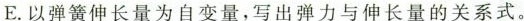
E.以弹簧伸长量为自变量，写出弹力与伸长量的关系式。